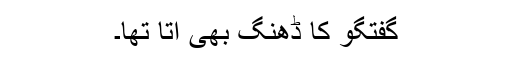
گفتگو کا ڈھنگ بھی آتا تھا۔